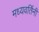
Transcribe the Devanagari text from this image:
मध्यवर्तिनी